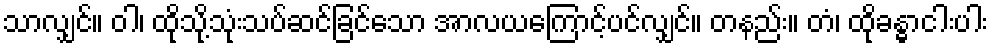
သာလျှင်။ ဝါ၊ ထိုသို့သုံးသပ်ဆင်ခြင်သော အာလယကြောင့်ပင်လျှင်။ တနည်း။ တံ၊ ထိုခန္ဓာငါးပါး